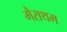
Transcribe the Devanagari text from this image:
मैराथम